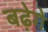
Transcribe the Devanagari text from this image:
बढ़ेगे